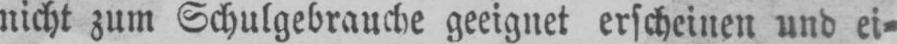
nicht zum Schulgebrauche geeignet erscheinen und ei⸗